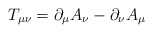
\begin{align*}T_{\mu \nu }=\partial _\mu A_\nu -\partial _\nu A_\mu\end{align*}